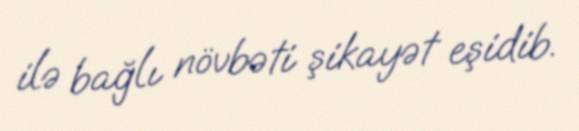
ilə bağlı növbəti şikayət eşidib.